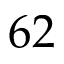
6 2